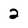
Character: 2